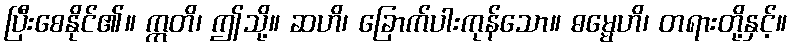
ပြီးစေနိုင်၏။ ဣတိ၊ ဤသို့။ ဆဟိ၊ ခြောက်ပါးကုန်သော။ ဓမ္မေဟိ၊ တရားတို့နှင့်။